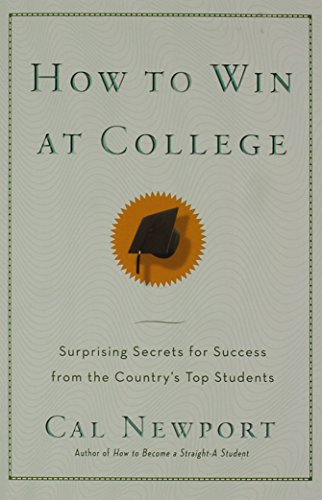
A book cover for How to Win at College: Surprising Secrets for Success from the Country's Top Students; Cal Newport; Education & Teaching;